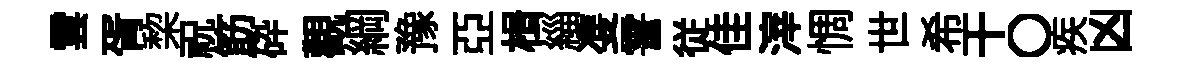
雲胥棃祝筯砕觀綱豫亞楫緇㕠霅従佳滓惆世希干〇疾凶